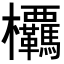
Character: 𭭂